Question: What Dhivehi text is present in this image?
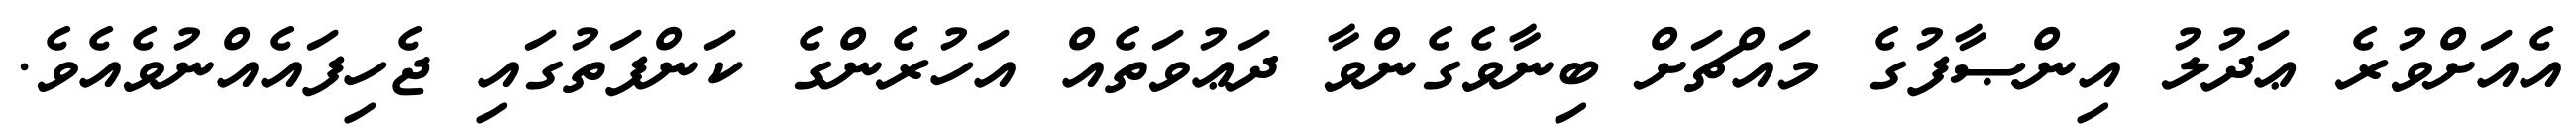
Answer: އެއަށްވުރެ ޢަދުލު އިންޞާފުގެ މައްޗަށް ބިނާވެގެންވާ ދަޢުވަތެއް އަހުރެންގެ ކަންފަތުގައި ޖެހިފައެއްނުވެއެވެ.